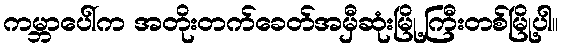
ကမ္ဘာပေါ်က အတိုးတက်ခေတ်အမှီဆုံးမြို့ကြီးတစ်မြို့ပါ။